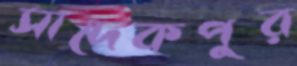
সাদেকপুর